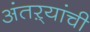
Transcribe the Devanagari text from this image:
अंतऱ्यांची